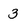
Character: 3